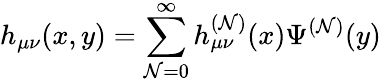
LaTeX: h_{\mu\nu}(x,y)=\sum_{\mathcal{N}=0}^{\infty}h_{\mu\nu}^{(\mathcal{N})}(x)\Psi^{(\mathcal{N})}(y)